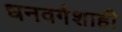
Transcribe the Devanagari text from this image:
धनवर्गशाही